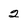
Character: 2